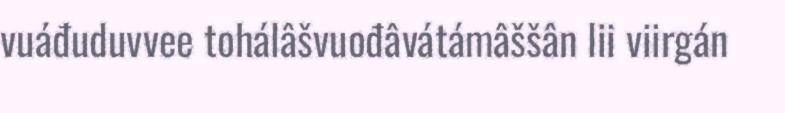
vuáđuduvvee tohálâšvuođâvátámâššân lii viirgán